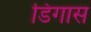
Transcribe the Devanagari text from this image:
डिगास